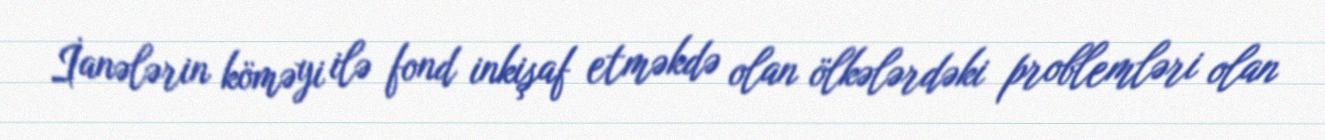
İanələrin köməyi ilə fond inkişaf etməkdə olan ölkələrdəki problemləri olan